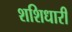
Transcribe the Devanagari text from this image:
शशिधारी